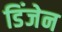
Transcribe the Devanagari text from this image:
डिंजेन